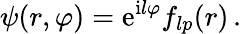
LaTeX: \psi(r,\varphi)=\mathrm{e}^{\mathrm{i}l\varphi}f_{lp}(r)\, .